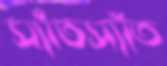
স্যাঁতস্যাঁত